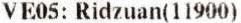
VE05: RIDZUAN(11900)